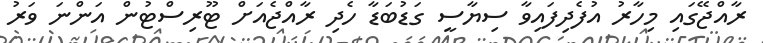
ރާއްޖޭގައި މިހާރު އުފެދިފައިވާ ސިޔާސީ ގަޑުބަޑާ ހެދި ރާއްޖެއަށް ޓޫރިސްޓުން އަންނަ ވަރު